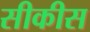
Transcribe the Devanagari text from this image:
सीकीस